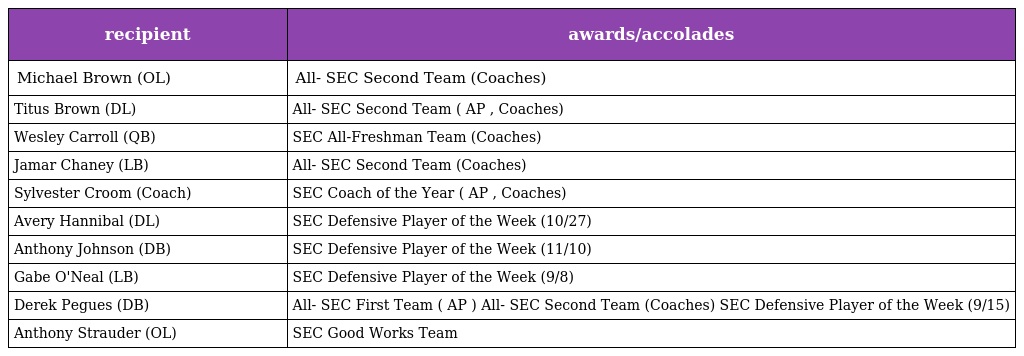
| recipient | awards/accolades |
 | --- | --- |
 | Michael Brown (OL) | All- SEC Second Team (Coaches) |
 | Titus Brown (DL) | All- SEC Second Team ( AP , Coaches) |
 | Wesley Carroll (QB) | SEC All-Freshman Team (Coaches) |
 | Jamar Chaney (LB) | All- SEC Second Team (Coaches) |
 | Sylvester Croom (Coach) | SEC Coach of the Year ( AP , Coaches) |
 | Avery Hannibal (DL) | SEC Defensive Player of the Week (10/27) |
 | Anthony Johnson (DB) | SEC Defensive Player of the Week (11/10) |
 | Gabe O'Neal (LB) | SEC Defensive Player of the Week (9/8) |
 | Derek Pegues (DB) | All- SEC First Team ( AP ) All- SEC Second Team (Coaches) SEC Defensive Player of the Week (9/15) |
 | Anthony Strauder (OL) | SEC Good Works Team |